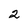
Character: 2